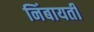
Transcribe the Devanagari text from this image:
निंबायती